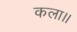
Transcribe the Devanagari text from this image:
कला।।